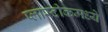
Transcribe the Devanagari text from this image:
प्लास्टीकमध्ये